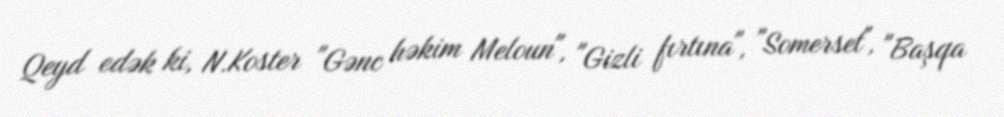
Qeyd edək ki, N.Koster "Gənc həkim Meloun", "Gizli fırtına", "Somerset", "Başqa